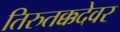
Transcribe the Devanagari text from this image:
तिरुतक्कदेवर